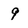
Character: 9